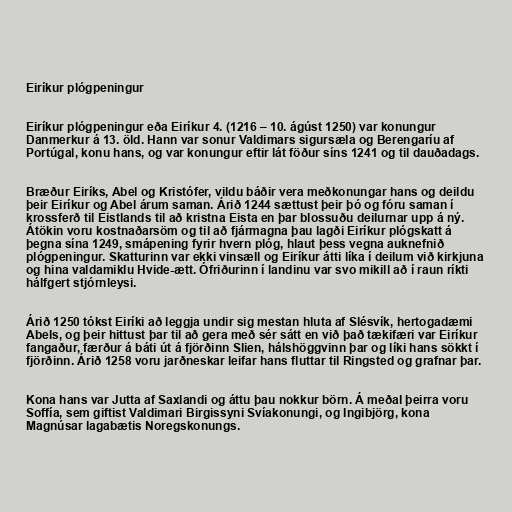
Eiríkur plógpeningur

Eiríkur plógpeningur eða Eiríkur 4. (1216 – 10. ágúst 1250) var konungur
Danmerkur á 13. öld. Hann var sonur Valdimars sigursæla og Berengaríu af
Portúgal, konu hans, og var konungur eftir lát föður síns 1241 og til dauðadags.

Bræður Eiríks, Abel og Kristófer, vildu báðir vera meðkonungar hans og deildu
þeir Eiríkur og Abel árum saman. Árið 1244 sættust þeir þó og fóru saman í
krossferð til Eistlands til að kristna Eista en þar blossuðu deilurnar upp á ný.
Átökin voru kostnaðarsöm og til að fjármagna þau lagði Eiríkur plógskatt á
þegna sína 1249, smápening fyrir hvern plóg, hlaut þess vegna auknefnið
plógpeningur. Skatturinn var ekki vinsæll og Eiríkur átti líka í deilum við kirkjuna
og hina valdamiklu Hvide-ætt. Ófriðurinn í landinu var svo mikill að í raun ríkti
hálfgert stjórnleysi.

Árið 1250 tókst Eiríki að leggja undir sig mestan hluta af Slésvík, hertogadæmi
Abels, og þeir hittust þar til að gera með sér sátt en við það tækifæri var Eiríkur
fangaður, færður á báti út á fjörðinn Slien, hálshöggvinn þar og líki hans sökkt í
fjörðinn. Árið 1258 voru jarðneskar leifar hans fluttar til Ringsted og grafnar þar.

Kona hans var Jutta af Saxlandi og áttu þau nokkur börn. Á meðal þeirra voru
Soffía, sem giftist Valdimari Birgissyni Svíakonungi, og Ingibjörg, kona
Magnúsar lagabætis Noregskonungs.